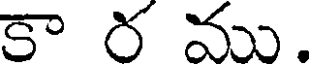
కా ర ము.